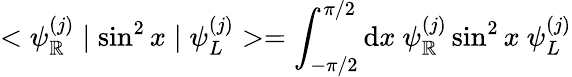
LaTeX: <\psi_{\mathbb{R}}^{(j)}\mid\sin^{2}x\mid\psi_{L}^{(j)}>=\int_{-\pi/2}^{\pi/2}\mathrm{d}x\ \psi_{\mathbb{R}}^{(j)}\sin^{2}x\ \psi_{L}^{(j)}